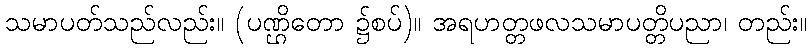
သမာပတ်သည်လည်း။ (ပဏ္ဌိတော ၌စပ်)။ အရဟတ္တဖလသမာပတ္တိပညာ၊ တည်း။